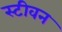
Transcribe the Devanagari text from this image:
स्‍टीवन